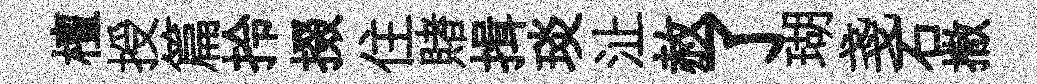
檀授篇拎掇住賭揖琰沚赦了瑚戔石撒